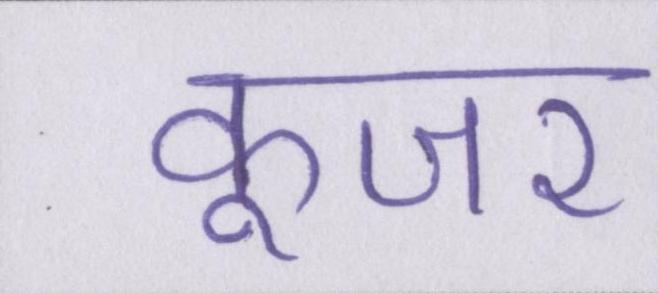
कूजर